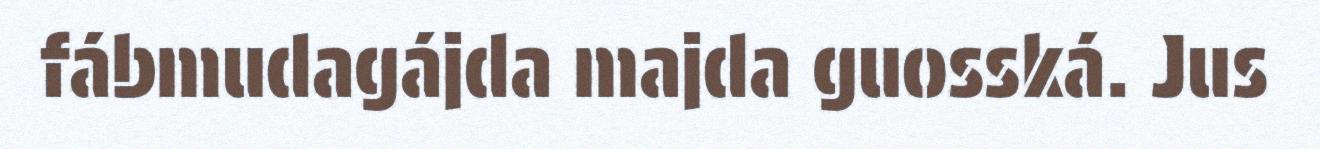
fábmudagájda majda guosská. Jus